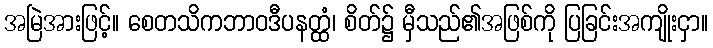
အမြဲအားဖြင့်။ စေတသိကဘာဝဒီပနတ္ထံ၊ စိတ်၌ မှီသည်၏အဖြစ်ကို ပြခြင်းအကျိုးငှာ။